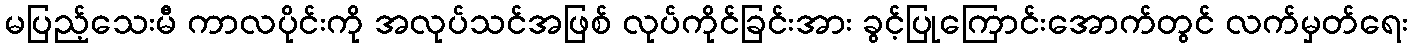
မပြည့်သေးမီ ကာလပိုင်းကို အလုပ်သင်အဖြစ် လုပ်ကိုင်ခြင်းအား ခွင့်ပြုကြောင်းအောက်တွင် လက်မှတ်ရေး